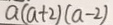
a ( a + 2 ) ( a - 2 )